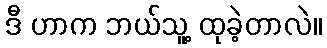
ဒီ ဟာက ဘယ်သူ့ ထုခဲ့တာလဲ။